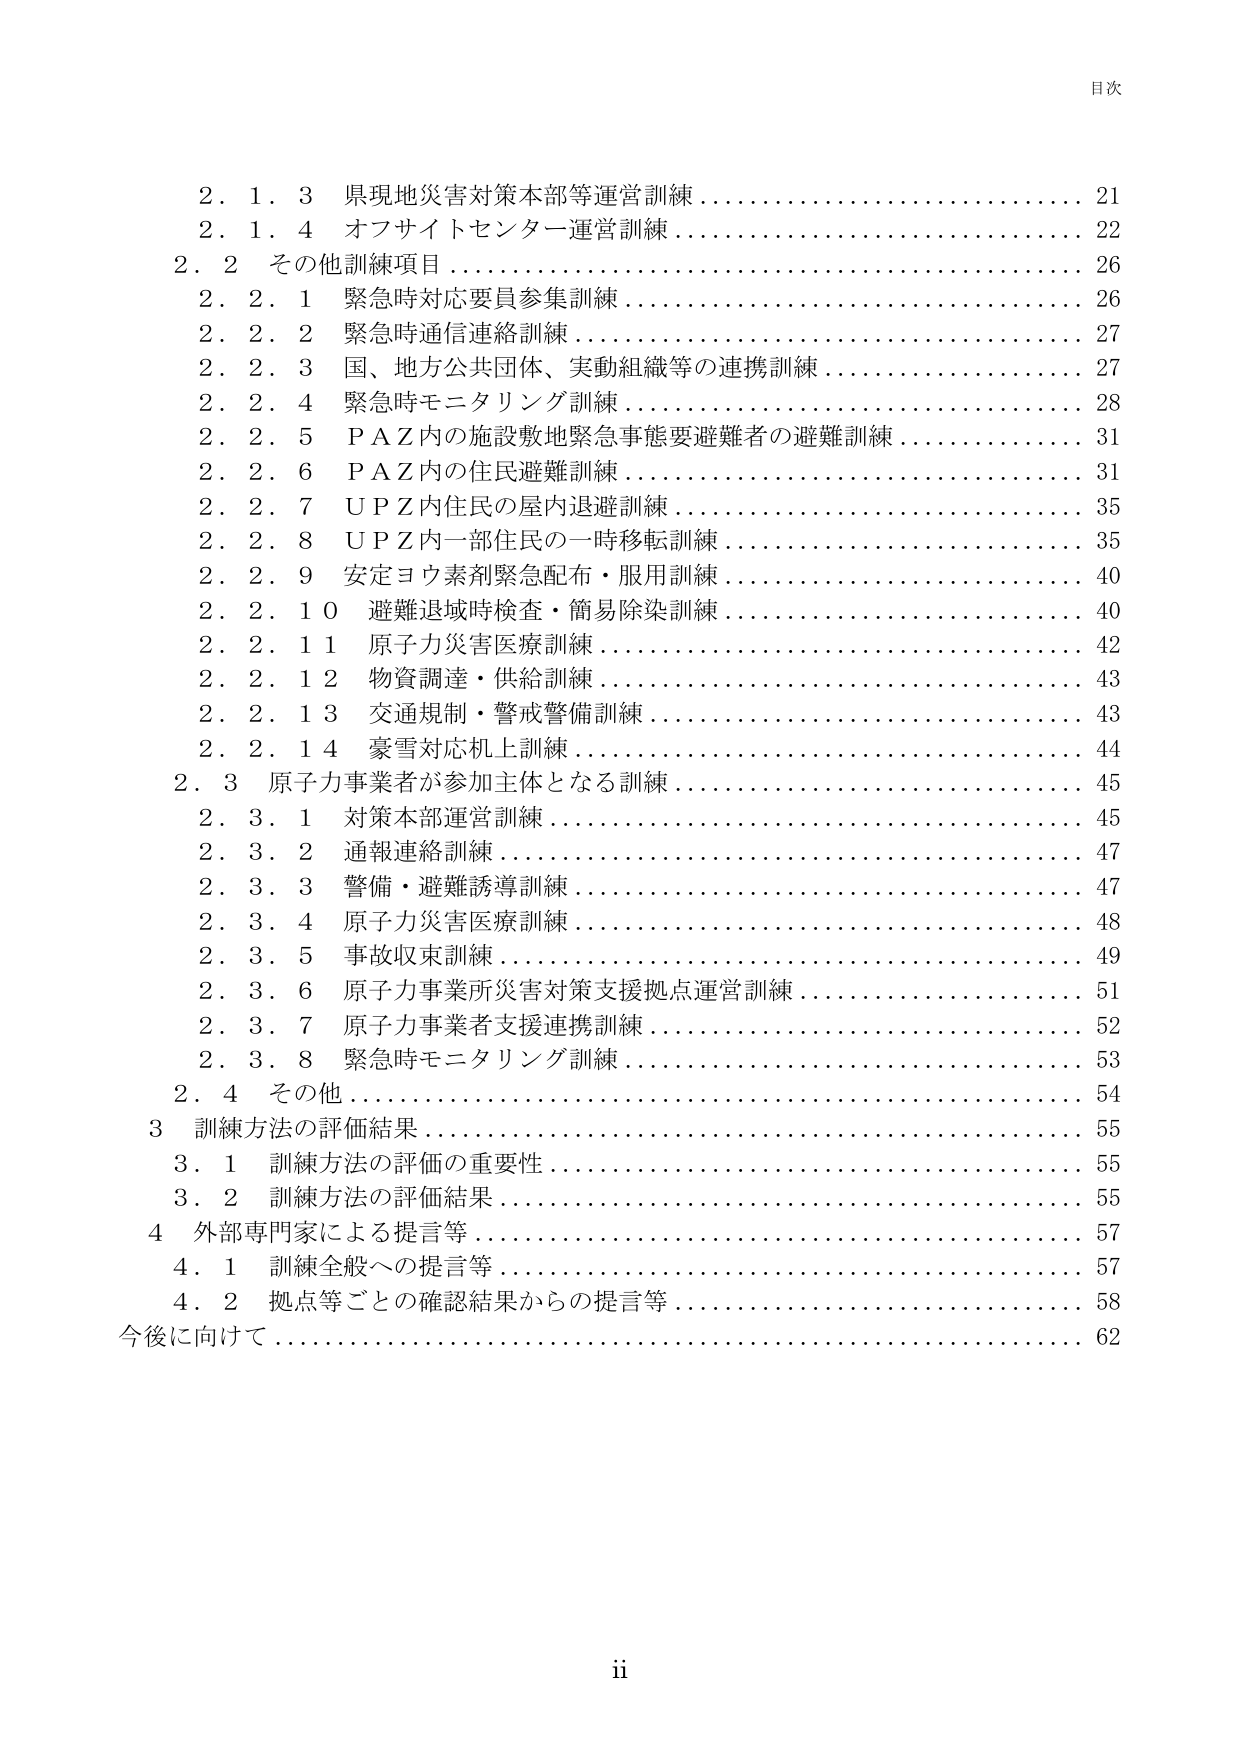
目次

2.1.3 県現地災害対策本部等運営訓練 21
2.1.4 オフサイトセンター運営訓練 22
2.2 その他訓練項目 26
　2.2.1 緊急時対応要員参集訓練 26
　2.2.2 緊急時通信連絡訓練 27
　2.2.3 国、地方公共団体、実動組織等の連携訓練 27
　2.2.4 緊急時モニタリング訓練 28
　2.2.5 P A Z内の施設敷地緊急事態要避難者の避難訓練 31
　2.2.6 P A Z内の住民避難訓練 31
　2.2.7 U P Z内住民の屋内退避訓練 35
　2.2.8 U P Z内一部住民の一時移転訓練 35
　2.2.9 安定ヨウ素剤緊急配布・服用訓練 40
　2.2.10 避難退域時検査・簡易除染訓練 40
　2.2.11 原子力災害医療訓練 42
　2.2.12 物資調達・供給訓練 43
　2.2.13 交通規制・警戒警備訓練 43
　2.2.14 豪雪対応机上訓練 44
2.3 原子力事業者が参加主体となる訓練 45
　2.3.1 対策本部運営訓練 45
　2.3.2 通報連絡訓練 47
　2.3.3 警備・避難誘導訓練 47
　2.3.4 原子力災害医療訓練 48
　2.3.5 事故収束訓練 49
　2.3.6 原子力事業所災害対策支援拠点運営訓練 51
　2.3.7 原子力事業者支援連携訓練 52
　2.3.8 緊急時モニタリング訓練 53
2.4 その他 54
3 訓練方法の評価結果 55
　3.1 訓練方法の評価の重要性 55
　3.2 訓練方法の評価結果 55
4 外部専門家による提言等 57
　4.1 訓練全般への提言等 57
　4.2 拠点等ごとの確認結果からの提言等 58
今後に向けて 62

ii